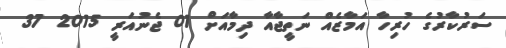
ސަރުކާރުގެ ހުރިހާ އަމާޒެއް ނަތީޖާއާ ދިމާއަށް 01 ޖެނުއަރީ 2015 37